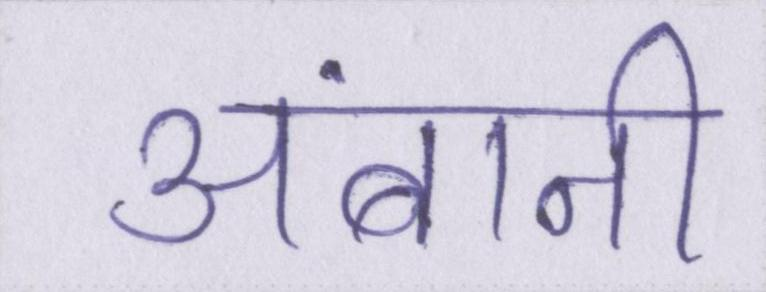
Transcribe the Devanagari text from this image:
अंबानी